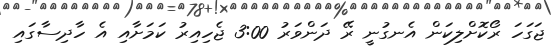
ޖަގަހަ ރޯކޮށްލިކަން އެނގުނީ ރޭ ދަންވަރު 3:00 ޖެހިއިރު ކަމަށާއި އެ ހާދިސާގައި